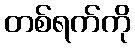
တစ်ရက်ကို